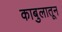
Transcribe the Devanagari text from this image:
काबुलातून